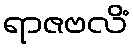
ရာဇဗလိံ